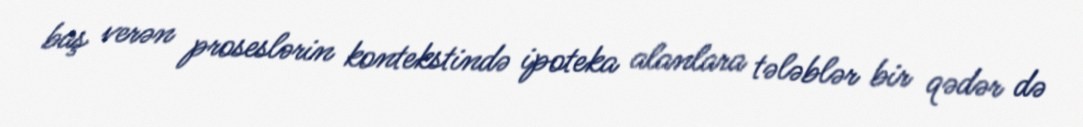
baş verən proseslərin kontekstində ipoteka alanlara tələblər bir qədər də